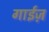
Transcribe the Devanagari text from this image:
गाईज़